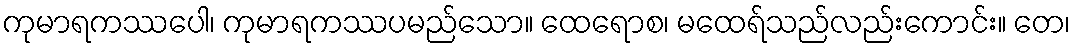
ကုမာရကဿပေါ၊ ကုမာရကဿပမည်သော။ ထေရောစ၊ မထေရ်သည်လည်းကောင်း။ တေ၊